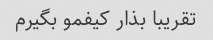
تقریبا بذار کیفمو بگیرم